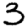
Digit: 3